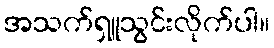
အသက်ရှူသွင်းလိုက်ပါ။